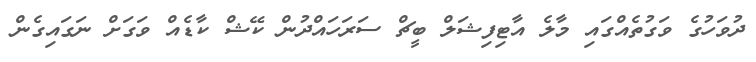
ދުވަހުގެ ވަގުތެއްގައި މާލެ އާޓިފިޝަލް ބީޗް ސަރަހައްދުން ކޭޝް ކާޑެއް ވަގަށް ނަގައިގެން